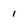
Character: 1